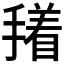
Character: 𭢑